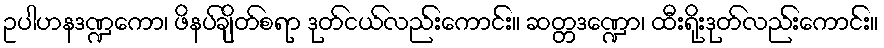
ဥပါဟနဒဏ္ဍကော၊ ဖိနပ်ချိတ်စရာ ဒုတ်ငယ်လည်းကောင်း။ ဆတ္တဒဏ္ဍော၊ ထီးရိုးဒုတ်လည်းကောင်း။